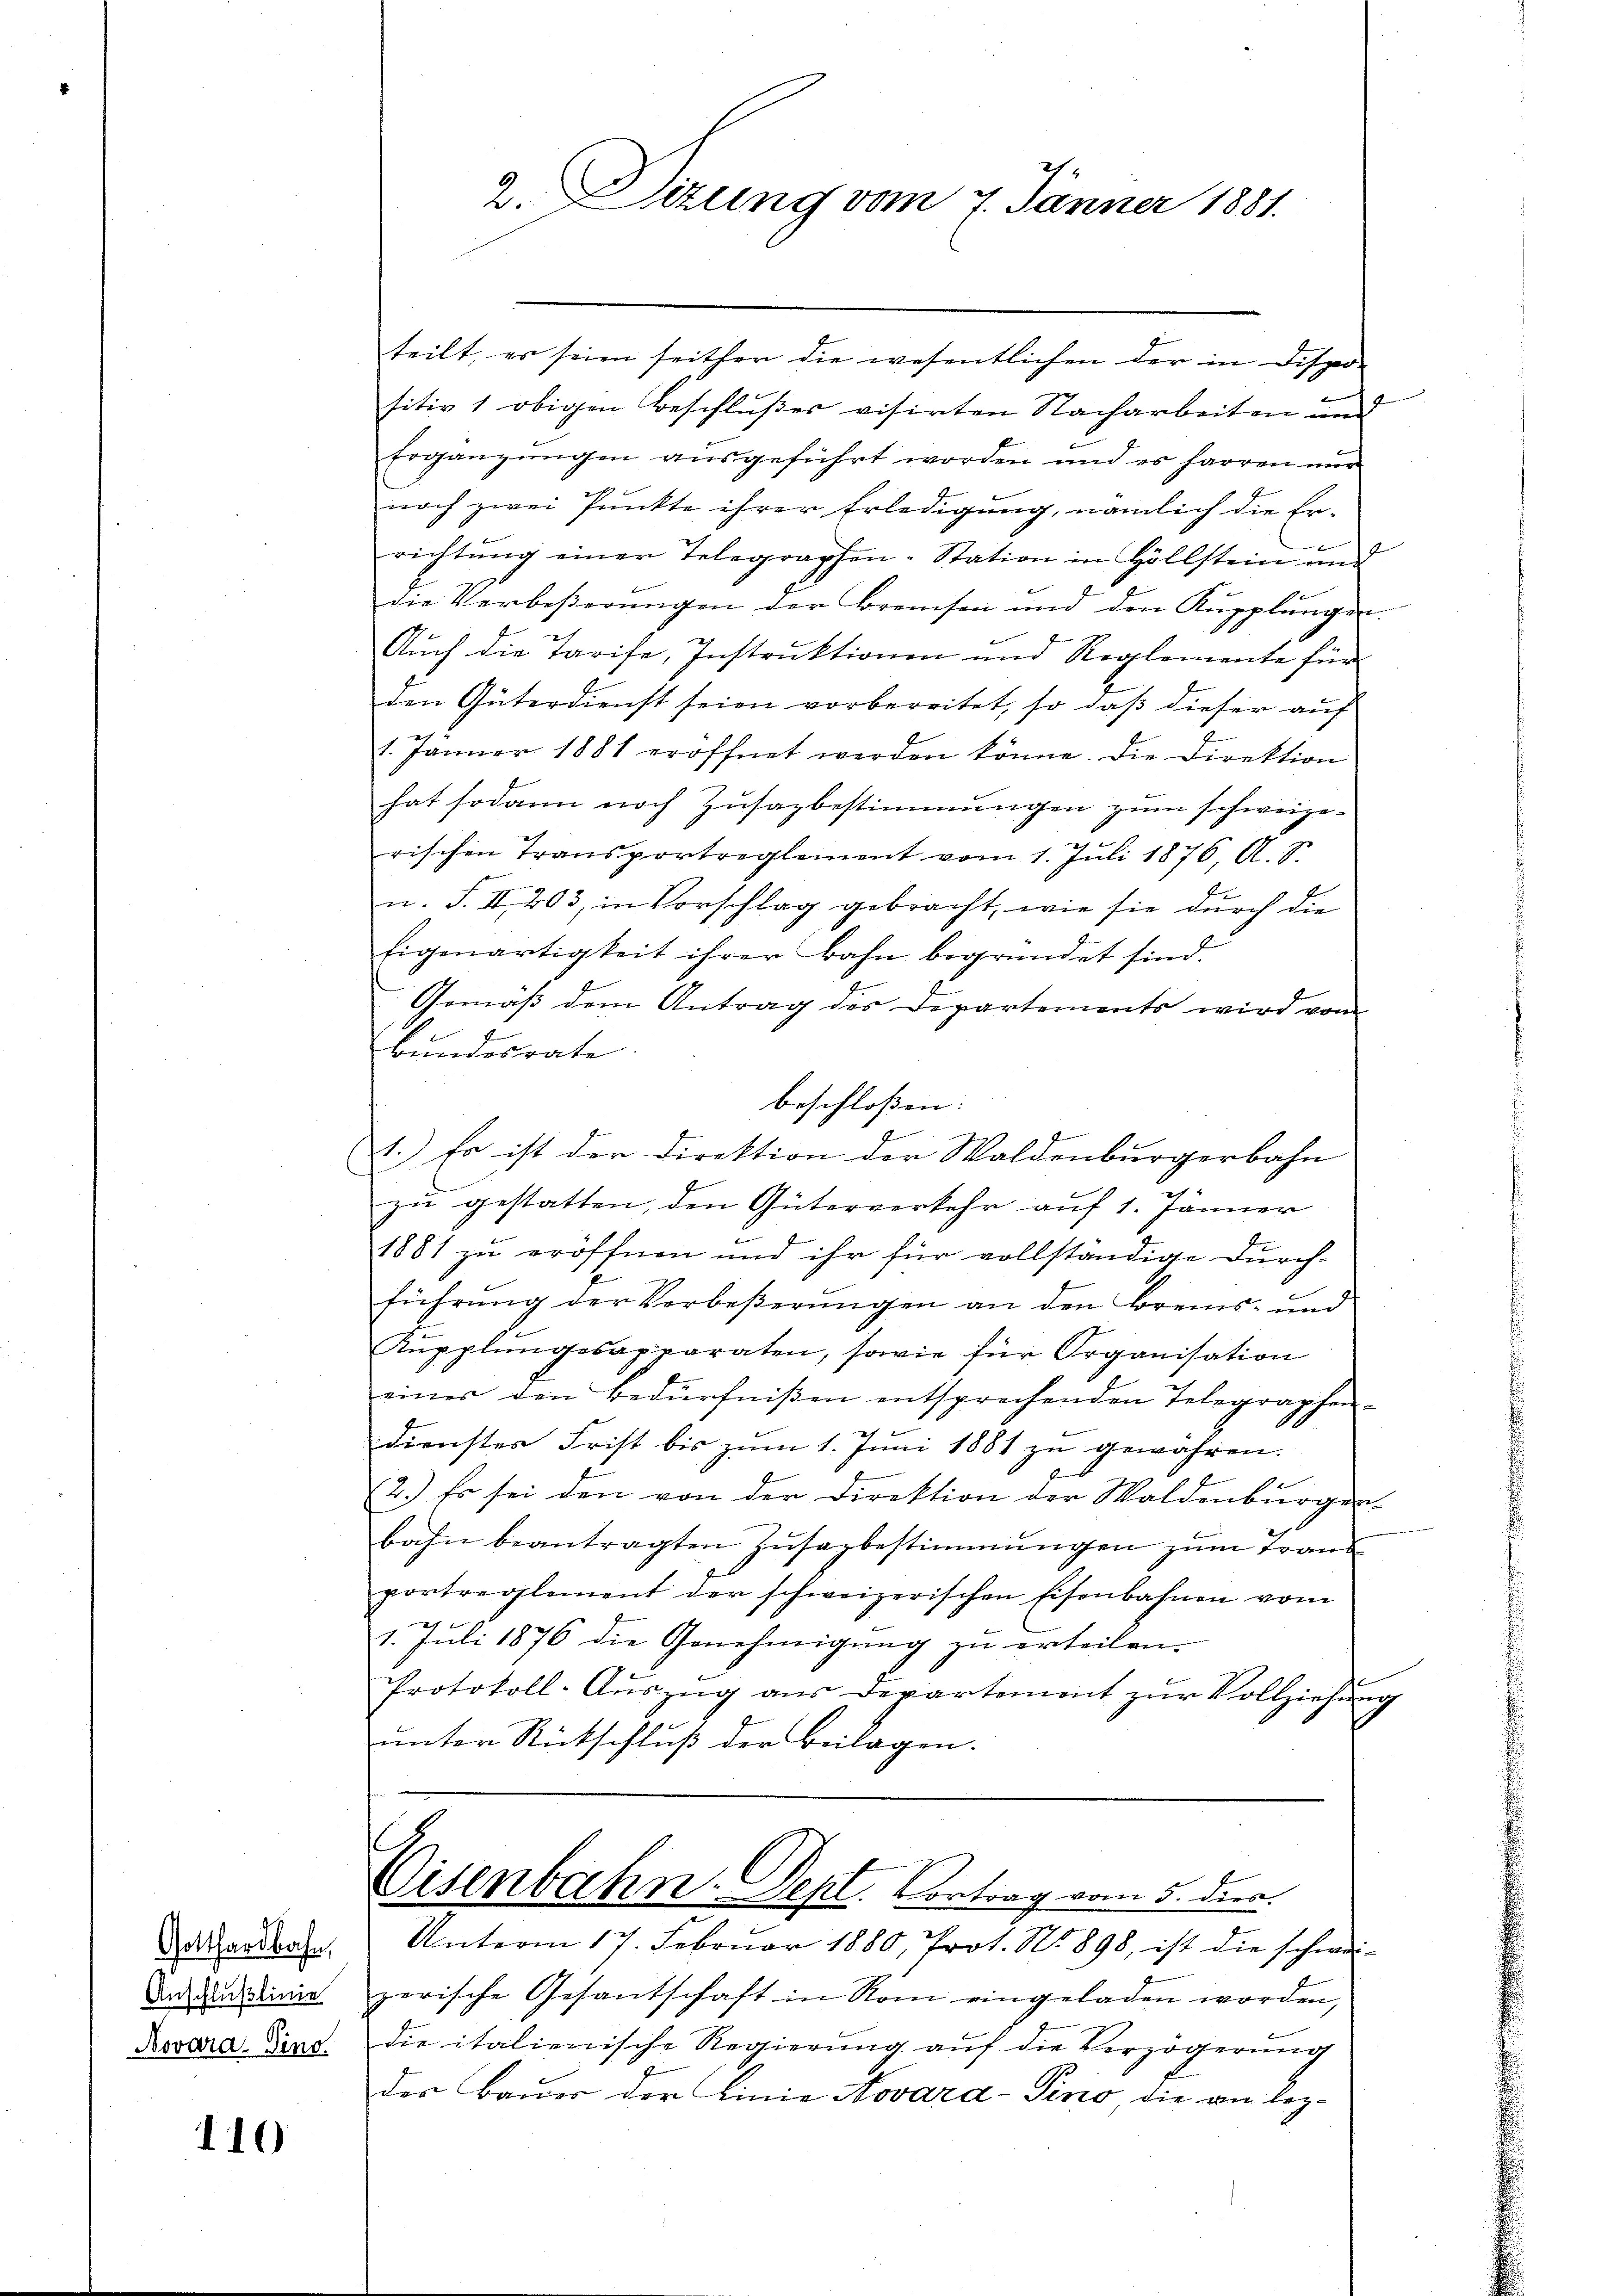
Gotthardbahn,
Anschlußlinie
Novara. Sino.

110

2. Dizung vom 7. Jänner 1881.

teilt, es seien seither die wesentlichen der in Disper
sitiv 1 obigen Beschlußes visirten Nacharbeiten und
Ergänzungen ausgeführt worden und es harren nur
noch zwei Punkte ihrer Erledigung, nämlich die Errichtŭng einer Telegraphen-Station in Höllstein und
die Verbeßerungen der Bremsen und den Kupplungen.
Auch die Tarife, Instruktionen und Reglemente für
den Güterdienst seien vorbereitet, so daß dieser auf
1. Jänner 1881 eröffnet werden könne. Die Direktion
hat sodann noch Zŭsazbestimmungen zŭm schweize-
rischen Transportreglement vom 1. Juli 1876, A. S.
u. S. II 203, in Vorschlag gebracht, wie sie durch die
Eigenartigkeit ihrer Bahn begründet sind.
Gemäß dem Antrag des Departements wird vom
Bundesrate
beschloßen:
1.) Es ist der Direktion der Waldenburgerbahn
zu gestatten, den Güterverkehr auf 1. Jänner
1881 zu eröffnen und ihr für vollständige Durch-
führung der Verbeßerungen an den Breis- und
Kŭpplŭngesapparaten, sowie für Organisation
einer den Bedürfnißen entsprechenden Telegraphen-
)
dienstes Frist bis zum 1. Juni 1881 zu gewähren.
(2.) Es sei den von der Direktion der Waldenbŭrger
bahn beantragten Zŭsazbestimmungen zum Trans
portreglement der schweizerischen Eisenbahnen vom
1. Juli 1876 die Genehmigung zu erteilen.
Protokoll-Aŭszŭg ans Departement zŭr Vollziehŭng
unter Rückschluß der Beilagen.

t
Eisenbahn-Dept. Contrag vom 5. dies

Unterm 17. Februar 1880, Prot. No. 898, ist die schwei-
zerische Gesantschaft in Rom eingeladen worden,
die italienische Regierung auf die Verzögerung
der Bauer der Linie Novard-Pino die am lez¬